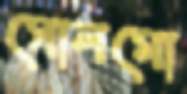
সোলমো